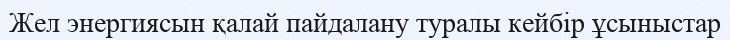
Жел энергиясын қалай пайдалану туралы кейбір ұсыныстар